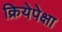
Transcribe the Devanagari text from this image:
क्रियेपेक्षा